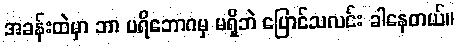
အခန်းထဲမှာ ဘာ ပရိဘောဂမှ မရှိဘဲ ပြောင်သလင်း ခါနေတယ်။